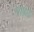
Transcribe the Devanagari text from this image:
नाहड